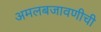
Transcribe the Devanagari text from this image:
अमलबजावणीची